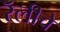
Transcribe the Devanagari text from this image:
रॅलीचे